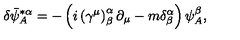
\delta \bar { \psi } _ { A } ^ { * \alpha } = - \left( i \left( \gamma ^ { \mu } \right) _ { \beta } ^ { \alpha } \partial _ { \mu } - m \delta _ { \beta } ^ { \alpha } \right) \psi _ { A } ^ { \beta } ,